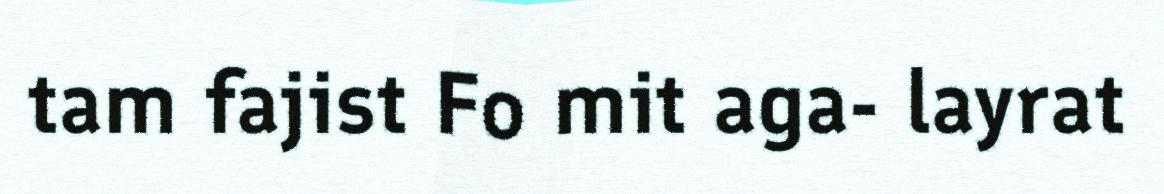
tam fajist Fo mit aga- layrat